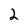
Character: 2